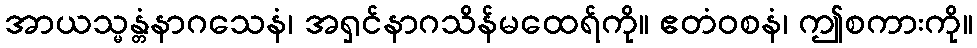
အာယသ္မန္တံနာဂသေနံ၊ အရှင်နာဂသိန်မထေရ်ကို။ ဧတံဝစနံ၊ ဤစကားကို။